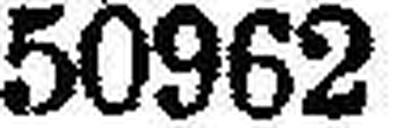
50962